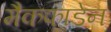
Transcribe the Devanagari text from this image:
मैकफाडेन